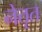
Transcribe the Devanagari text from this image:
नेतृत